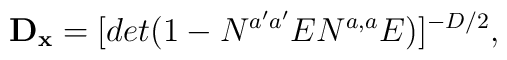
{\bf D_x } = [det (1 - N^{a' a'} EN^{a, a} E)]^{-D/2} , \, \,